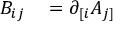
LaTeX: \begin{array} { r l } { B _ { i j } } & { { } = \partial _ { [ i } A _ { j ] } } \end{array}